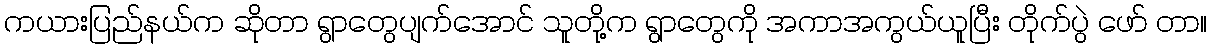
ကယားပြည်နယ်က ဆိုတာ ရွာတွေပျက်အောင် သူတို့က ရွာတွေကို အကာအကွယ်ယူပြီး တိုက်ပွဲ ဖော် တာ။